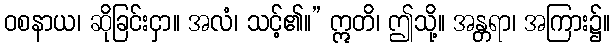
ဝစနာယ၊ ဆိုခြင်းငှာ။ အလံ၊ သင့်၏။” ဣတိ၊ ဤသို့။ အန္တရာ၊ အကြား၌။